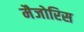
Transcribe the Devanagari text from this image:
मैजोरिस